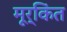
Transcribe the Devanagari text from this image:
मूर्किंत